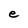
Character: e